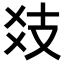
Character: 𢺽